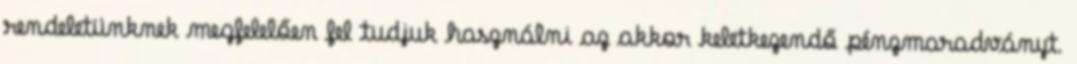
rendeletünknek megfelelően fel tudjuk használni az akkor keletkezendő pénzmaradványt.